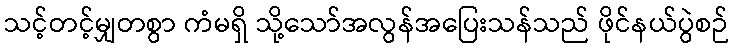
သင့်တင့်မျှတစွာ ကံမရှိ သို့သော်အလွန်အပြေးသန်သည် ဖိုင်နယ်ပွဲစဉ်